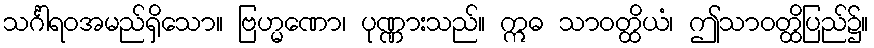
သင်္ဂါရဝအမည်ရှိသော။ ဗြဟ္မဏော၊ ပုဏ္ဏားသည်။ ဣဓ သာဝတ္ထိယံ၊ ဤသာဝတ္ထိပြည်၌။